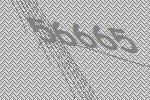
56665